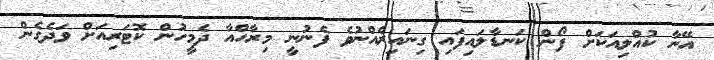
އޭނާ ކުއްލިއަކަށް ފޯން ކަނޑާލައިފައި ގިނައިރެއްނުވެ ފެނުނީ މިރާހްއާ ދެމީހުން ކޮޓަރިއަށް ވަދެގެން